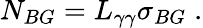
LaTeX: N_{BG}=L_{\gamma\gamma}\sigma_{BG}\; .